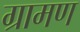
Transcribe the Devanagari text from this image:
ग्रामण